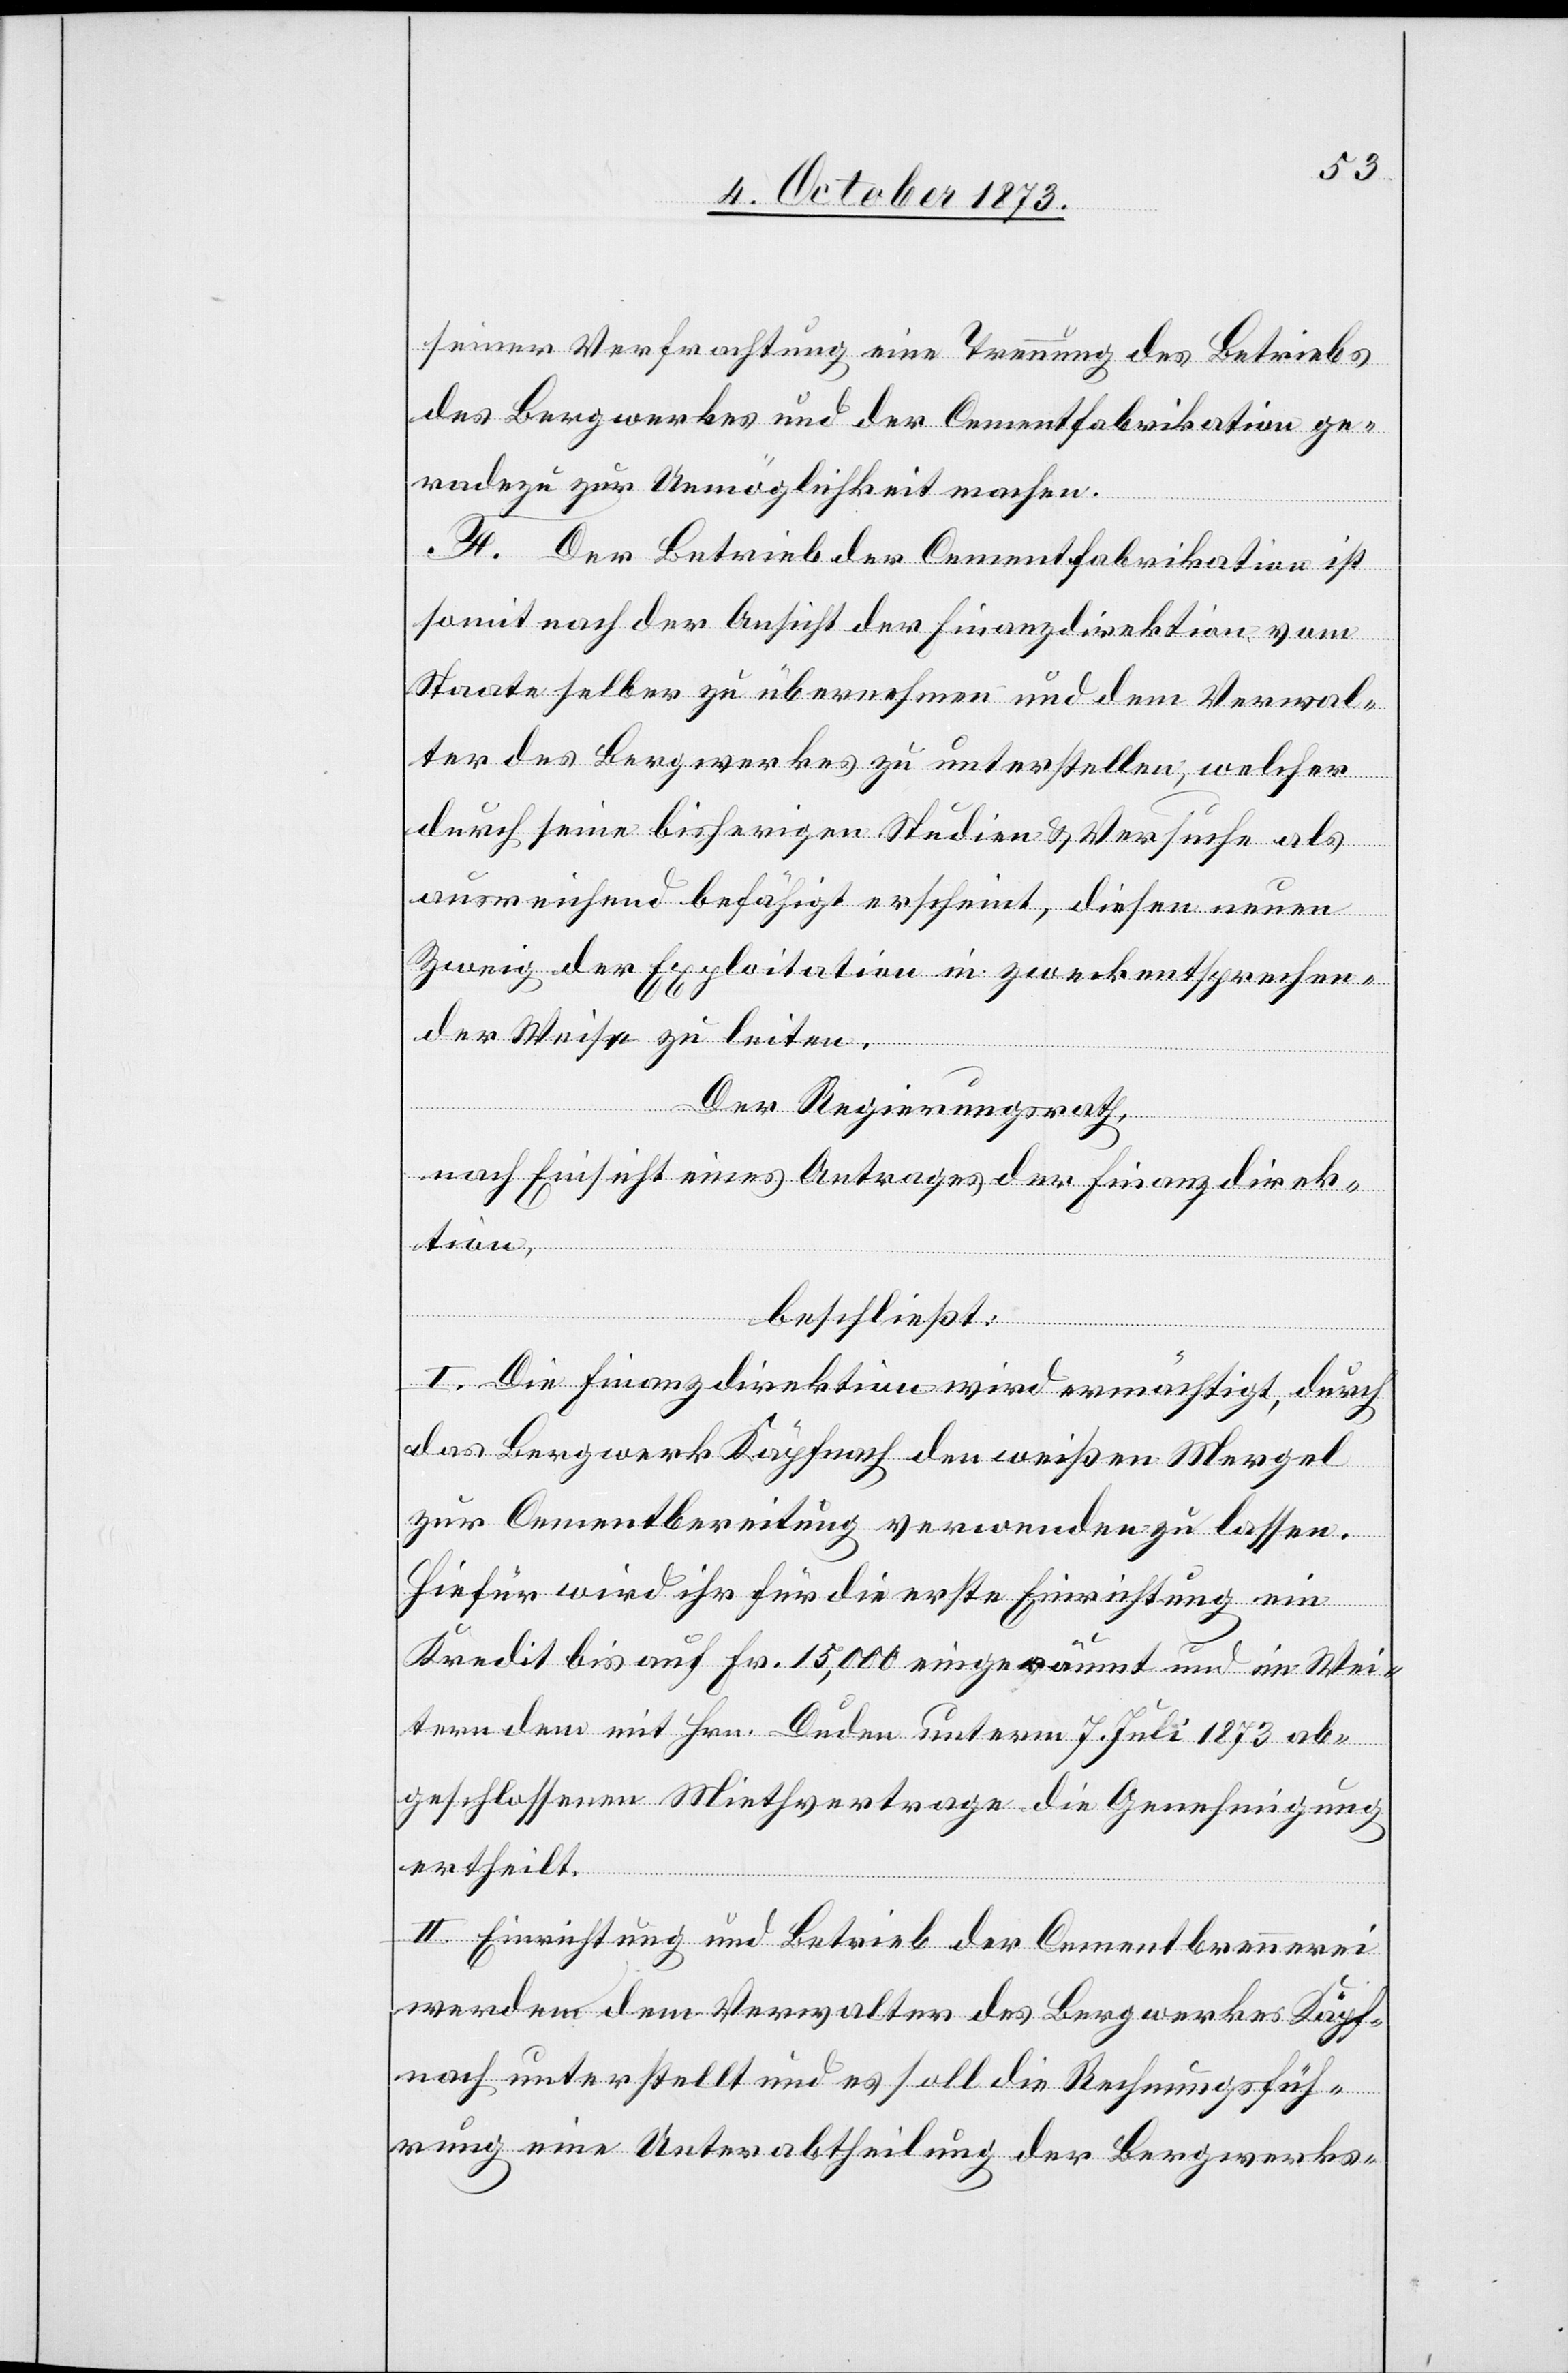
seiner Verfrachtung eine Trennung des Betriebs
des Bergwerkes und der Cementfabrikation ge¬
radezu zur Unmöglichkeit machen.
F. Der Betrieb der Cementfabrikation ist
somit nach der Ansicht der Finanzdirektion vom
Staate selber zu übernehmen und dem Verwal¬
ter des Bergwerkes zu unterstellen, welcher
durch seine bisherigen Studien & Versuche als
ausreichend befähigt erscheint, diesen neuen
Zweig der Exploitation in zweckentsprechen¬
der Weise zu leiten.
Der Regierungsrath,
nach Einsicht eines Antrages der Finanzdirek¬
tion,
beschließt:
I. Die Finanzdirektion wird ermächtigt, durch
das Bergwerk Käpfnach den weißen Mergel
zur Cementbereitung verwenden zu lassen.
Hiefür wird ihr für die erste Einrichtung ein
Kredit bis auf Fr. 15,000 eingeräumt und im Wei¬
tern dem mit Hrn. Duden unterm 7. Juli 1873 ab¬
geschlossenen Miethvertrage die Genehmigung
ertheilt.
II. Einrichtung und Betrieb der Cementbrennerei
werden dem Verwalter des Bergwerkes Käpf¬
nach unterstellt und es soll die Rechnungsfüh¬
rung eine Unterabtheilung der Bergwerks-